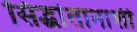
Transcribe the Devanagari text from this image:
सिद्धांतानाशी